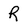
Character: R